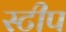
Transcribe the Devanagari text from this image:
स्टीप